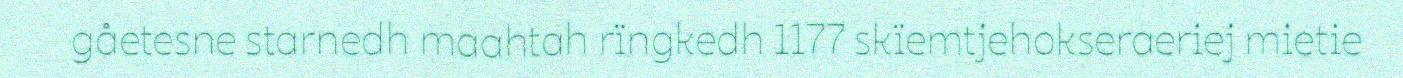
gåetesne starnedh maahtah rïngkedh 1177 skïemtjehokseraeriej mietie